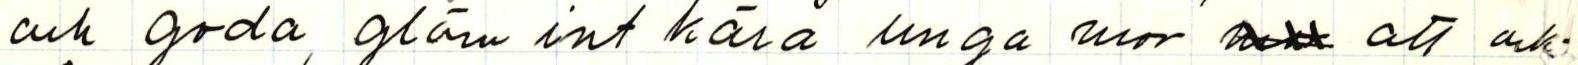
och goda, glöm int kära unga mor xxx att ock-